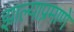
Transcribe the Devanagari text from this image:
झाल्याप्रमाणे